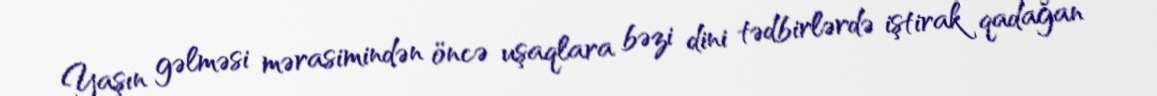
Yaşın gəlməsi mərasimindən öncə uşaqlara bəzi dini tədbirlərdə iştirak qadağan